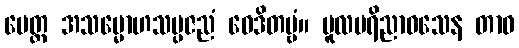
ပေတ္ထ အသမ္မောဟသမ္ပဇညံ ဝေဒိတဗ္ဗံ။ မူလပရိညာဝသေန တာဝ